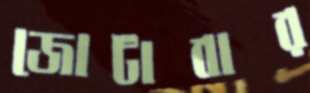
জোটাবার